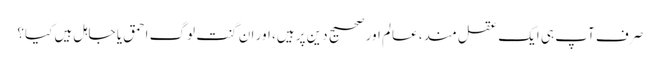
صرف آپ ہی ایک عقل مند، عالم اور صحیح دین پر ہیں، اور ان گنت لوگ احمق یا جاہل ہیں کیا؟